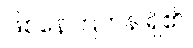
ဖြစ်နေကြဟန် ရှိ၏။